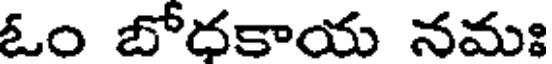
ఓం బోదకాయ నమః